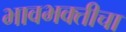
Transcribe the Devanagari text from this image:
भावभक्तीचा